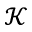
\mathcal { K }